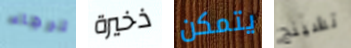
الرجاء ذخيرة يتمكن تشينج